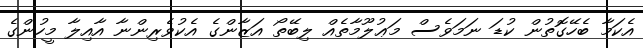
އެކަމާ ބެހޭގޮތުން ކުޑަ ނަމަވެސް މަޢުލޫމާތެއް ލިބޭތޯ އަޒާންގެ އެކުވެރިންނާ އާއިލާ މީހުންގެ